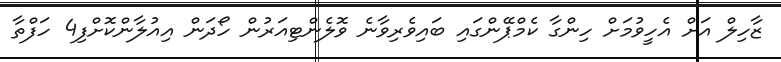
ޒާހިލް އަށް އެހީވުމަށް ހިންގާ ކެމްޕޭންގައި ބައިވެރިވާނެ ވޮލެންޓިއަރުން ހޯދަން އިއުލާންކޮށްފި4 ހަފްތާ